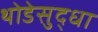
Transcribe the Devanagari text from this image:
थोडेसुद्धा